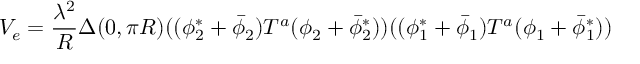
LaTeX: V _ { e } = { \frac { \lambda ^ { 2 } } { R } } \Delta ( 0 , \pi R ) ( ( \phi _ { 2 } ^ { * } + \bar { \phi } _ { 2 } ) T ^ { a } ( \phi _ { 2 } + \bar { \phi } _ { 2 } ^ { * } ) ) ( ( \phi _ { 1 } ^ { * } + \bar { \phi } _ { 1 } ) T ^ { a } ( \phi _ { 1 } + \bar { \phi } _ { 1 } ^ { * } ) )